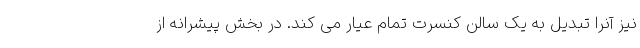
نیز آنرا تبدیل به یک سالن کنسرت تمام عیار می کند. در بخش پیشرانه از